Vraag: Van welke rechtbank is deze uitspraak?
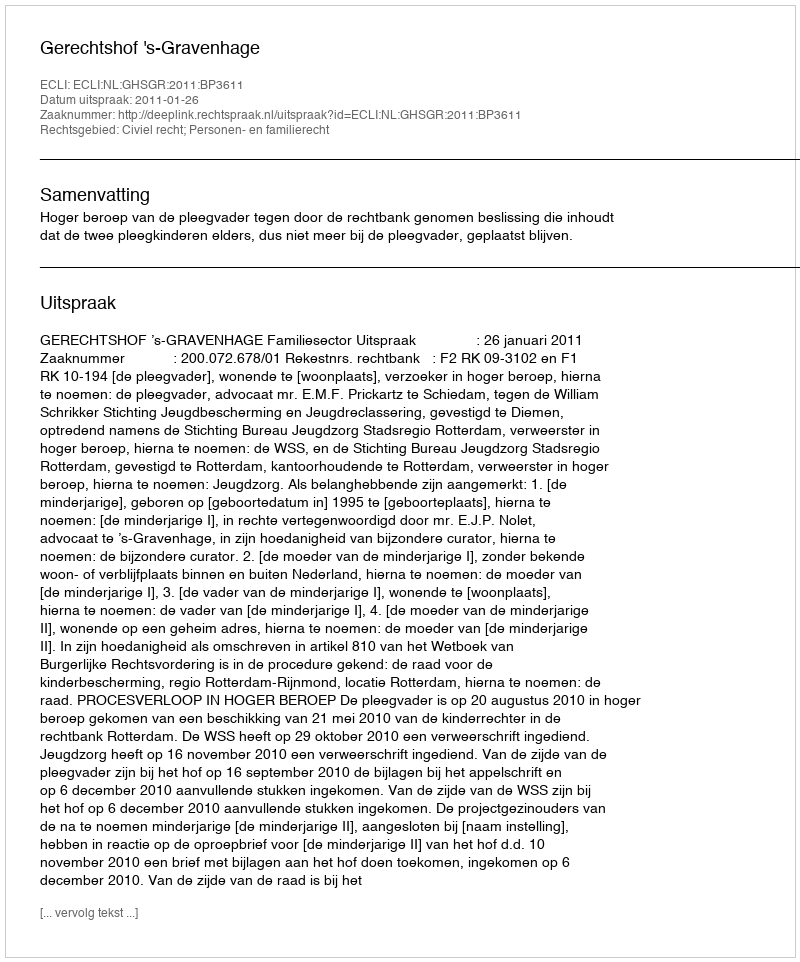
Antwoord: Gerechtshof 's-Gravenhage